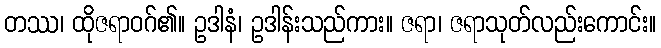
တဿ၊ ထိုဇရာဝဂ်၏။ ဥဒါနံ၊ ဥဒါန်းသည်ကား။ ဇရာ၊ ဇရာသုတ်လည်းကောင်း။